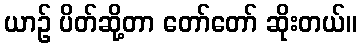
ယာဉ် ပိတ်ဆို့တာ တော်တော် ဆိုးတယ်။